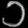
Digit: ၁